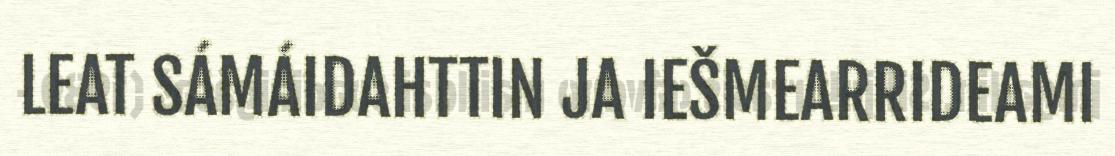
LEAT SÁMÁIDAHTTIN JA IEŠMEARRIDEAMI